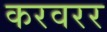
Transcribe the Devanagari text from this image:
करवरर